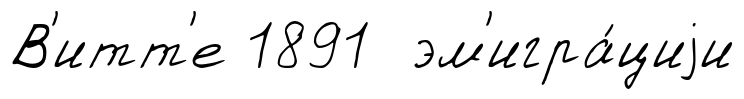
В'итт'е 1891 эм'игра́циjи